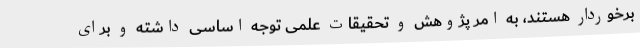
برخوردار هستند، به امر پژوهش و تحقیقات علمی توجه اساسی داشته و برای